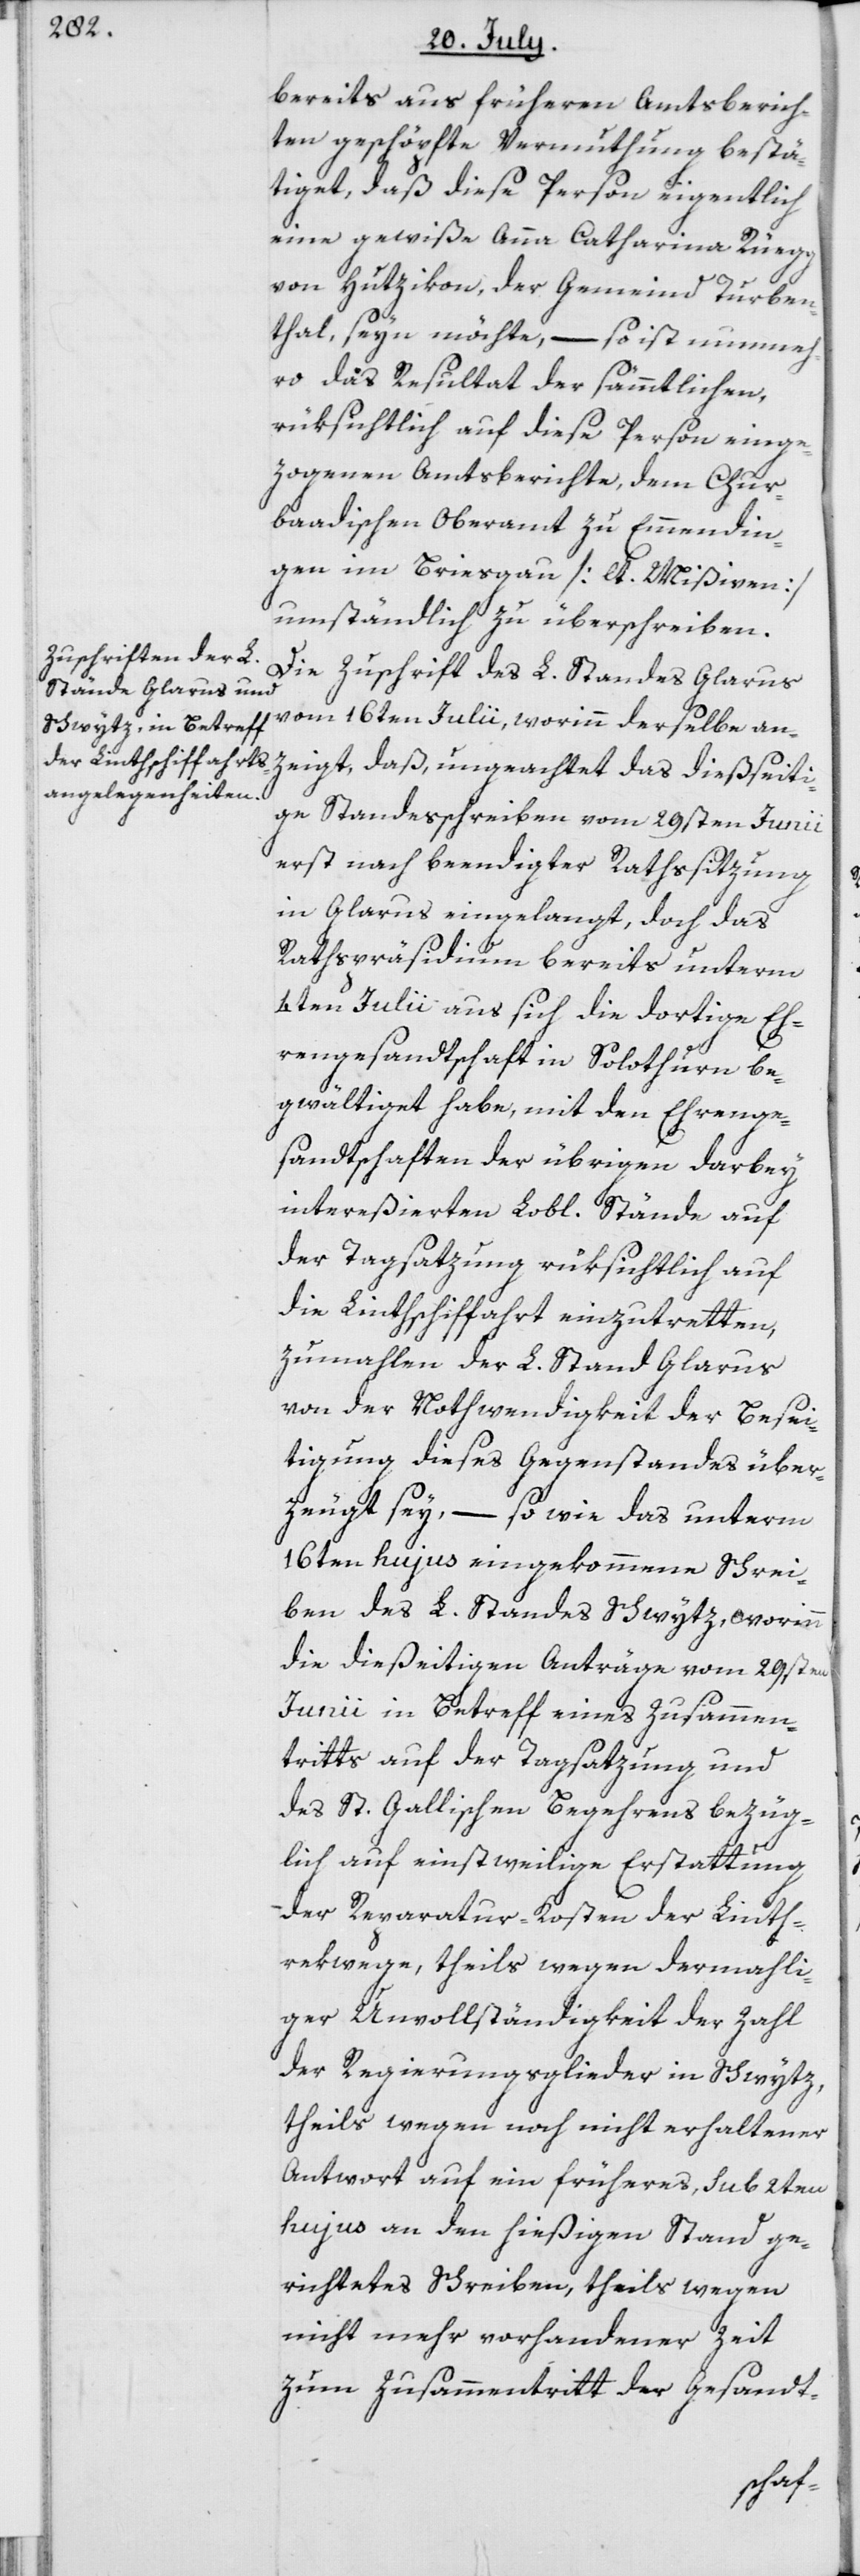
bereits aus früheren Amtsberich¬
ten geschöpfte Vermuthung bestä¬
tiget, daß diese Person eigentlich
eine gewiße Anna Catharina Rüegg
von Hutzikon, der Gemeind Turben¬
thal, seyn möchte, – so ist nunmeh¬
ro das Resultat der sämmtlichen,
rüksichtlich auf diese Person einge¬
zogenen Amtsberichte, dem Chur¬
baadischen Oberamt zu Emmendin¬
gen im Briesgau [lt. Mißiven]
umständlich zu überschreiben.
Die Zuschrift des L. Standes Glarus
vom 16ten Julii, worinn derselbe an¬
zeigt, daß, ungeachtet das dießseiti¬
ge Standesschreiben vom 29sten Junii
erst nach beendigter Rathssitzung
in Glarus eingelangt, doch das
Rathspräsidium bereits unterm
4ten Julii aus sich die dortige Eh¬
rengesandtschaft in Solothurn be¬
gwältiget habe, mit den Ehrenge¬
sandtschaften der übrigen darbey
intereßierten Lobl. Stände auf
der Tagsatzung rüksichtlich auf
die Linthschiffahrt einzutretten,
zumahlen der L. Stand Glarus
von der Nothwendigkeit der Besei¬
tigung dieses Gegenstandes über¬
zeugt sey, – so wie das unterm
16ten hujus eingekommene Schrei¬
ben des L. Standes Schwytz, worinn
die dießeitigen Anträge vom 29sten
Junii in Betreff eines Zusammen¬
tritts auf der Tagsatzung und
des St. Gallischen Begehrens bezüg¬
lich auf einstweilige Erstattung
der Reparatur-Kosten der Linth¬
rekwege, theils wegen dermahli¬
ger Unvollständigkeit der Zahl
der Regierungsglieder in Schwytz,
theils wegen noch nicht erhaltener
Antwort auf ein früheres, sub 2ten
hujus an den hießigen Stand ge¬
richtetes Schreiben, theils wegen
nicht mehr vorhandener Zeit
zum Zusammentritt der Gesandt-